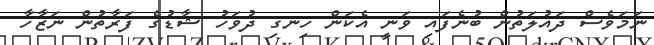
ނަމަވެސް ދައުލަތުން ބުނެފައި ވަނީ އެކަން ހިނގި ދުވަހު ޝާޑުގެ ފަރާތުން ނަޒާހާ